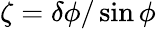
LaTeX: \zeta=\delta\phi/\sin\phi